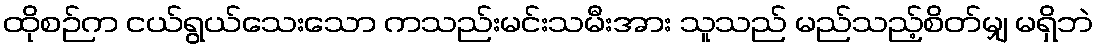
ထိုစဉ်က ငယ်ရွယ်သေးသော ကသည်းမင်းသမီးအား သူသည် မည်သည့်စိတ်မျှ မရှိဘဲ